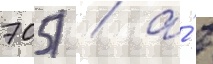
705) / а́ в